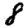
Digit: 8